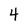
Character: 4